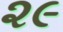
૨૯